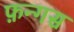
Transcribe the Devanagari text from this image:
फ़न्गस